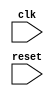
module your_module_name (
  input wire clk,    // Clock signal
  input wire reset,  // Reset signal
  // Declare other input and output ports here
  
  // Declare internal signals and registers here
  
);
  
  always @ (negedge clk)
  begin
    // Sequential logic behavior goes here
    // For example, updating registers or performing calculations
  end
  
  // Declare combinational logic blocks here
  
endmodule